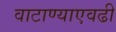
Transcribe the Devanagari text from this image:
वाटाण्याएवढी